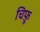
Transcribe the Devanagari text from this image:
चिफ़ू